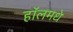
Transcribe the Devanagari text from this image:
हॉलमधे